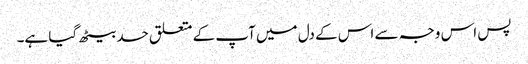
پس اس وجہ سے اس کے دل میں آپ کے متعلق حسد بیٹھ گیا ہے۔